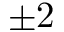
\pm 2